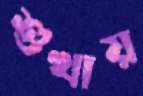
শুখায়